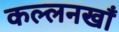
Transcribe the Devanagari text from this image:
कल्लनखाँ